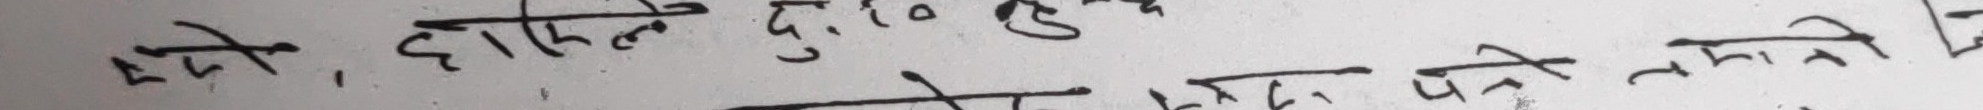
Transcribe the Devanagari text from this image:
एत्ते, होसिए दुः० प्र
पे पत्रने तमानै मी